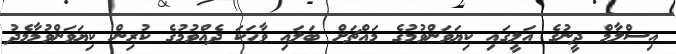
އިސްލާމް ދީނުގެ އަލީގައި ކިޔަވަންވުމުގެ މައްޗަށް ބަލައި ވާހަކަ ދެއްވުމުގެ ކުރިން ކިޔަވަންވުމާމެދު